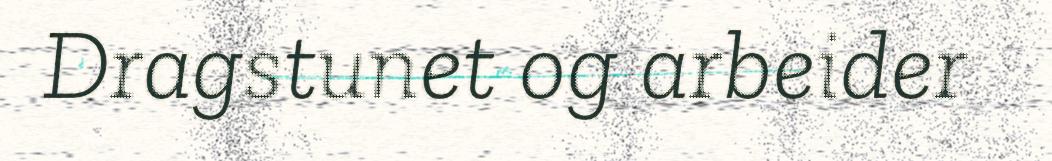
Dragstunet og arbeider